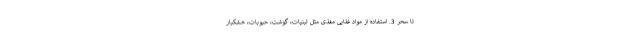
تا سحر 3. استفاده از مواد غذایی مغذی مثل لبنیات، گوشت، حبوبات، خشکبار